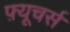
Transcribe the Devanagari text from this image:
फ़्यूचर्स